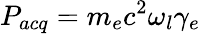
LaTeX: P_{acq}=m_{e}c^{2}\omega_{l}\gamma_{e}